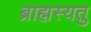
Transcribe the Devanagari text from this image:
ब्राह्मस्यतु